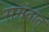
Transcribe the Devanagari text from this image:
समंतात्